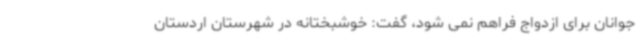
جوانان برای ازدواج فراهم نمی شود، گفت: خوشبختانه در شهرستان اردستان